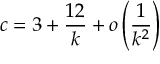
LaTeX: \lambda ( \lambda - 1 ) \frac { \partial ^ { 2 } } { \partial \lambda ^ { 2 } } \Omega ( \lambda ) + ( 2 \lambda - 1 ) \frac { \partial } { \partial \lambda } \Omega ( \lambda ) +